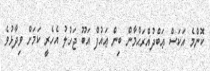
ކޮންމެ އަކަސް ޢަބްދުއްރަޙްމާން ބިން ޢައުފް އަބޫ ޖަހުލު އެހެރީ ކަމަށް ވިދާޅުވެ